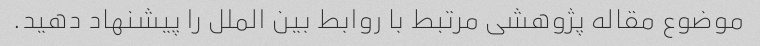
موضوع مقاله پژوهشی مرتبط با روابط بین الملل را پیشنهاد دهید.